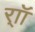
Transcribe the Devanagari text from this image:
र्‍ाॉ